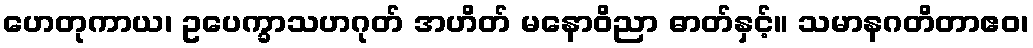
ဟေတုကာယ၊ ဥပေက္ခာသဟဂုတ် အဟိတ် မနောဝိညာ ဓာတ်နှင့်။ သမာနဂတိတာဧဝ၊